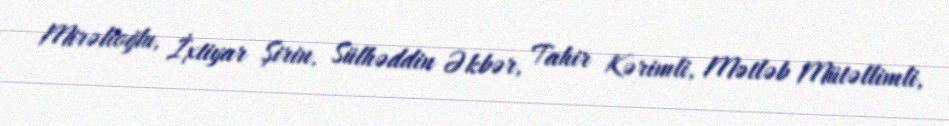
Mirəlioğlu, İxtiyar Şirin, Sülhəddin Əkbər, Tahir Kərimli, Mətləb Mütəllimli,